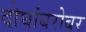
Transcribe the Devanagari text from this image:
दोघांबरोबर